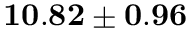
{ \bf 1 0 . 8 2 \pm 0 . 9 6 }